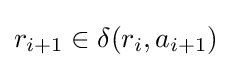
r_{i+1}\in \delta (r_{i},a_{i+1})